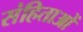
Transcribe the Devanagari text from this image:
संहिताआें